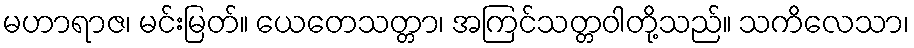
မဟာရာဇ၊ မင်းမြတ်။ ယေတေသတ္တာ၊ အကြင်သတ္တဝါတို့သည်။ သကိလေသာ၊